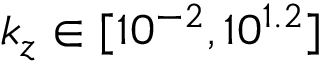
k _ { z } \in [ 1 0 ^ { - 2 } , 1 0 ^ { 1 . 2 } ]